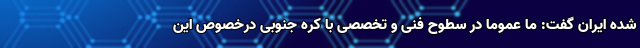
شده ایران گفت: ما عموما در سطوح فنی و تخصصی با کره جنوبی درخصوص این